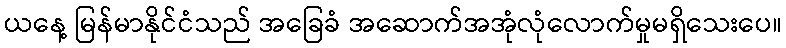
ယနေ့ မြန်မာနိုင်ငံသည် အခြေခံ အဆောက်အအုံလုံလောက်မှုမရှိသေးပေ။